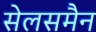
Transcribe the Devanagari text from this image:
सेलसमैन